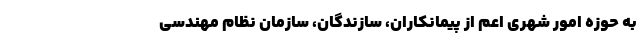
به حوزه امور شهری اعم از پیمانکاران، سازندگان، سازمان نظام مهندسی